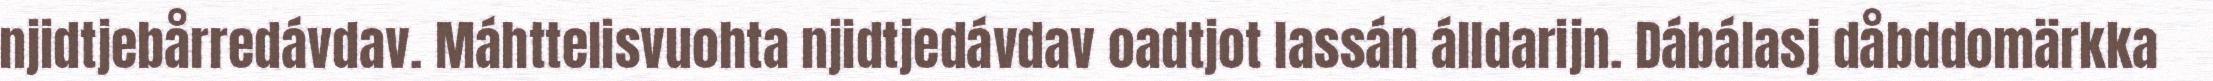
njidtjebårredávdav. Máhttelisvuohta njidtjedávdav oadtjot lassán álldarijn. Dábálasj dåbddomärkka